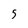
Character: 5